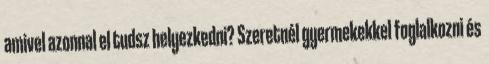
amivel azonnal el tudsz helyezkedni? Szeretnél gyermekekkel foglalkozni és